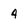
Character: 4